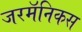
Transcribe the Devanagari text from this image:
जरमॅनिकस